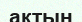
актың